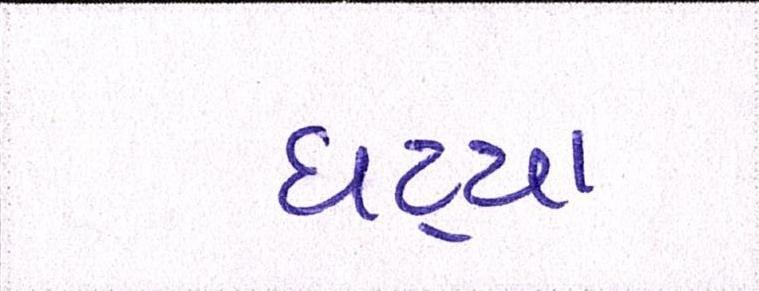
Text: ઘટ્યા